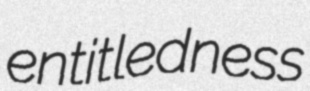
entitledness